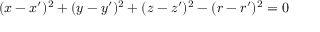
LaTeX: ( x - x ^ { \prime } ) ^ { 2 } + ( y - y ^ { \prime } ) ^ { 2 } + ( z - z ^ { \prime } ) ^ { 2 } - ( r - r ^ { \prime } ) ^ { 2 } = 0